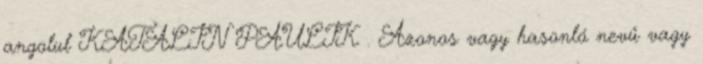
angolul KATALIN PAULIK . Azonos vagy hasonló nevű vagy